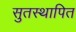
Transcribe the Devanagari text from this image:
सुतस्थापित